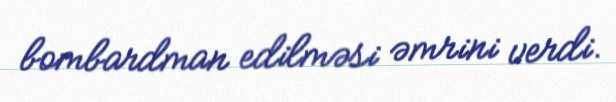
bombardman edilməsi əmrini verdi.